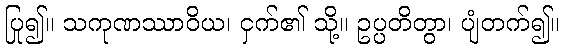
ပြု၍။ သကုဏဿာဝိယ၊ ငှက်၏ သို့။ ဥပ္ပတိတွာ၊ ပျံတက်၍။